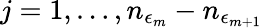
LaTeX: j=1,\dots,n_{\epsilon_{m}}-n_{\epsilon_{m+1}}